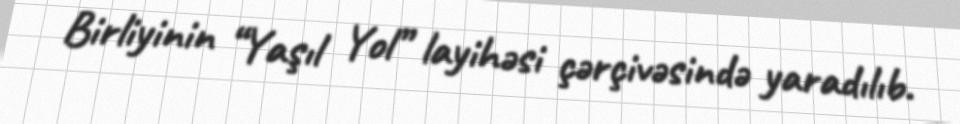
Birliyinin “Yaşıl Yol” layihəsi çərçivəsində yaradılıb.